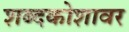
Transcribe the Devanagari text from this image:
शब्दकोशावर